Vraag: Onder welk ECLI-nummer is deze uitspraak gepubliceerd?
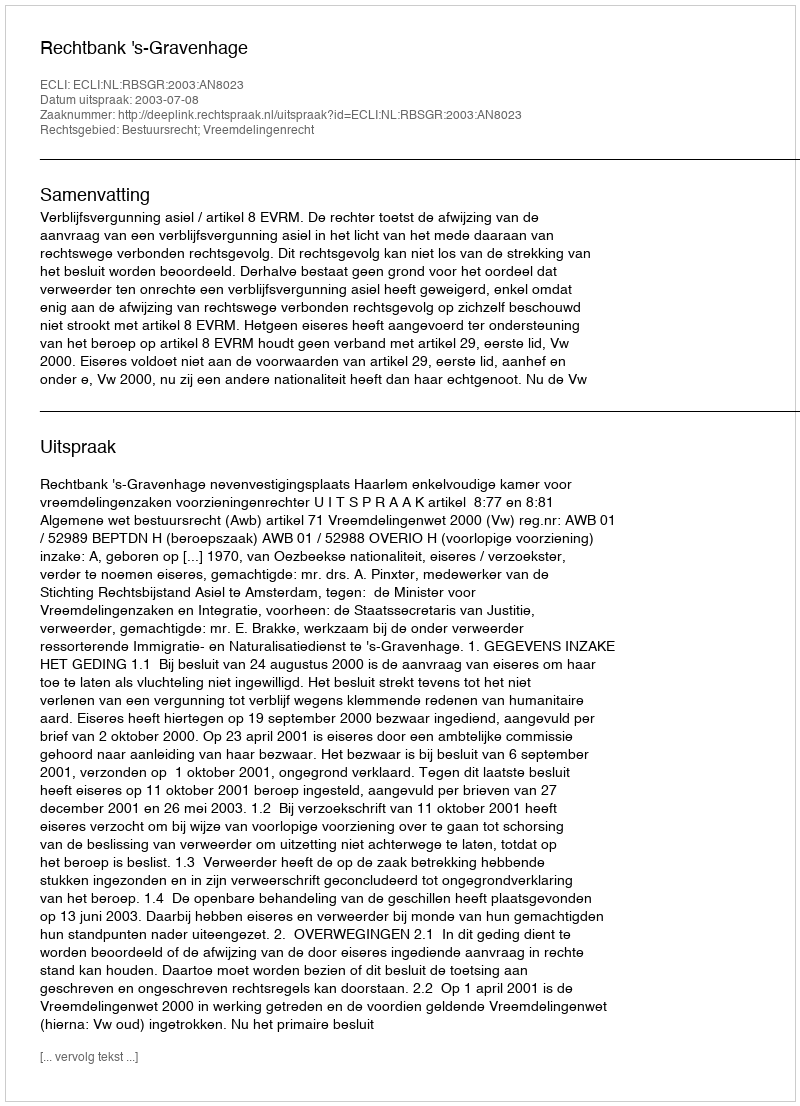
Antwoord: ECLI:NL:RBSGR:2003:AN8023